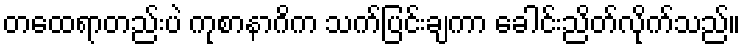
တထေရာတည်းပဲ ကုစာနာဂိက သက်ပြင်းချကာ ခေါင်းညိတ်လိုက်သည်။